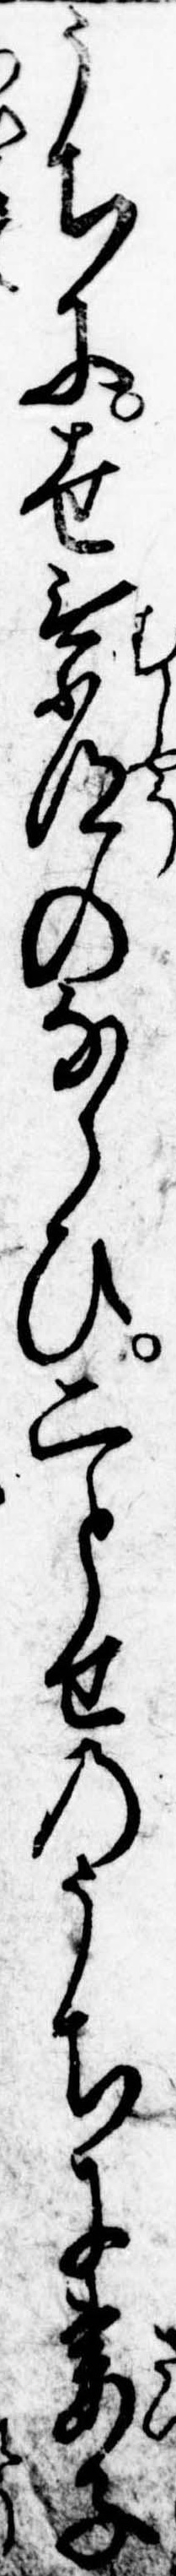
うちに世無常のならひ二とせのうちに妻子